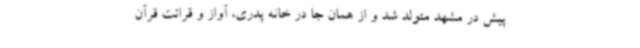
پیش در مشهد متولد شد و از همان‌ جا در خانه پدری، آواز و قرائت قرآن